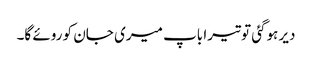
دیر ہوگئی تو تیرا باپ میری جان کو روئے گا۔